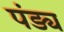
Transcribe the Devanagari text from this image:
पंड्य